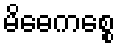
မိဓေကစ္စေ